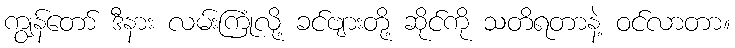
ကျွန်တော် ဒီနား လမ်းကြုံလို့ ခင်ဗျားတို့ ဆိုင်ကို သတိရတာနဲ့ ဝင်လာတာ။